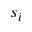
s _ { i }